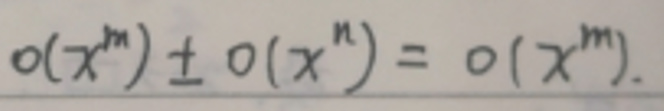
$o(x^m) \pm o(x^n) = o(x^m)$